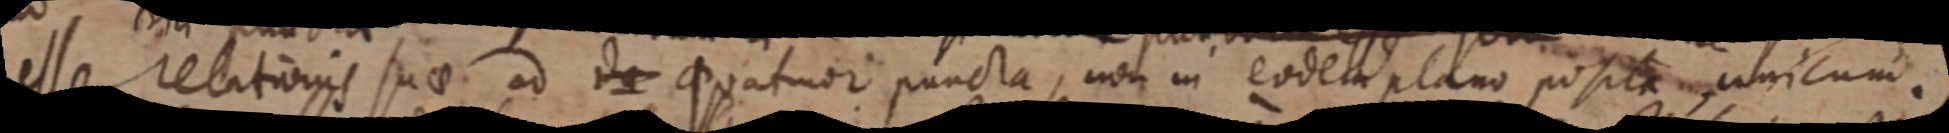
esse relationis suae ad da quatuor puncta, non in eodem plano posita unicum.